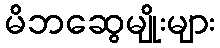
မိဘဆွေမျိုးများ